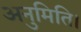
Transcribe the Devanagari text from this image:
अनुमिति।